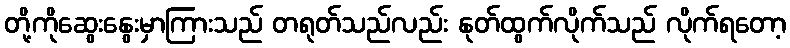
တို့ကိုဆွေးနွေးမှာကြားသည် တရုတ်သည်လည်း နုတ်ထွက်လိုက်သည် လိုက်ရတော့